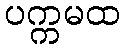
ပက္ကမထ